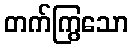
တက်ကြွသော